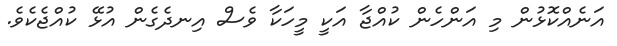
އަނެއްކޮޅުން މި އަންހެން ކުއްޖާ އަކީ މީހަކާ ވެސް އިނދެގެން އުޅޭ ކުއްޖެކެވެ.